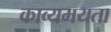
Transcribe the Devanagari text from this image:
काव्यमयता